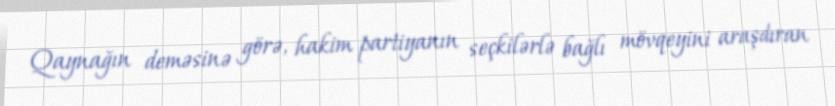
Qaynağın deməsinə görə, hakim partiyanın seçkilərlə bağlı mövqeyini araşdıran